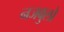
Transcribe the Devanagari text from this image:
नजबुलो